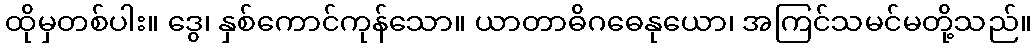
ထိုမှတစ်ပါး။ ဒွေ၊ နှစ်ကောင်ကုန်သော။ ယာတာဓိဂဓေနုယော၊ အကြင်သမင်မတို့သည်။